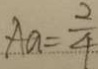
A a = \frac { 2 } { 4 }